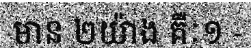
មាន ២យ៉ាង គឺៈ១ -